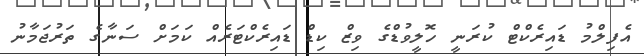
އެފިލްމު ޑައިރެކްޓް ކުރަނީ ހޮލީވުޑްގެ ވިޒް ކިޑް ޑައިރެކްޓަރެއް ކަމަށް ސަނާގެ ތަރުޖަމާނު